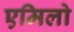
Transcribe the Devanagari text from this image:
एमिलो